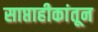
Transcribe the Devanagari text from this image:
साप्ताहीकांतून